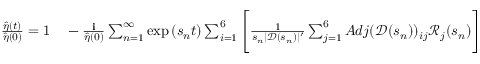
\begin{array} { r l } { \frac { \hat { \eta } ( t ) } { \hat { \eta } ( 0 ) } = 1 } & { { } - \frac { \textbf { i } } { \hat { \eta } ( 0 ) } \sum _ { n = 1 } ^ { \infty } \exp { ( s _ { n } t ) } \sum _ { i = 1 } ^ { 6 } \Bigg [ \frac { 1 } { s _ { n } | \mathscr { D } ( s _ { n } ) | ^ { \prime } } \sum _ { j = 1 } ^ { 6 } A d j ( \mathscr { D } ( s _ { n } ) ) _ { i j } \mathscr { R } _ { j } ( s _ { n } ) \Bigg ] } \end{array}